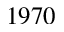
1 9 7 0